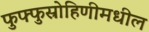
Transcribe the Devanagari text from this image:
फुफ्फुस्रोहिणीमधील